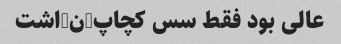
عالی بود فقط سس کچاپ-ن-اشت